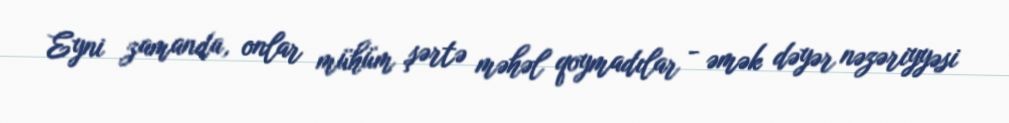
Eyni zamanda, onlar mühüm şərtə məhəl qoymadılar - əmək dəyər nəzəriyyəsi